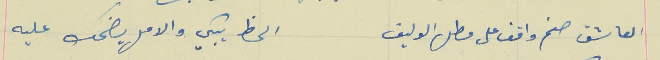
العاشق صنم واقف على مطل الوليف                      الحظ يبكي والامل يضحك عليه